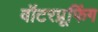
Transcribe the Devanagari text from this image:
वॉटरप्रूफिंग